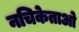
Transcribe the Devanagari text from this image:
नचिकेताओ